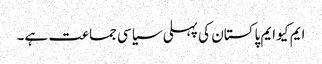
ایم کیو ایم پاکستان کی پہلی سیاسی جماعت ہے۔